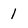
Character: 1